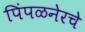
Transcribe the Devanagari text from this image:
पिंपळनेरचे